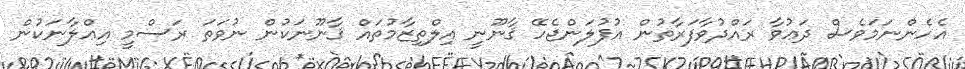
އެހެންނަމަވެސް ދަޢުވާ ރައްދުވާފަރާތުން އުފުލަންޖެހޭ ޤާނޫނީ އިލްތިޒާމުތައް ޤާނޫނަކުން ނުވަތަ ރަސްމީ އިޢްލާނަކުން